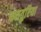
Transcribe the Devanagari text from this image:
कसतुरिया